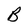
Character: B